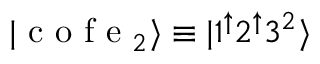
| \mathrm { ~ c ~ o ~ f ~ e ~ } _ { 2 } \rangle \equiv | 1 ^ { \mathord { \uparrow } } 2 ^ { \mathord { \uparrow } } 3 ^ { 2 } \rangle